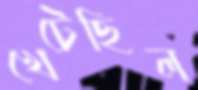
খেটেছিল